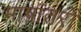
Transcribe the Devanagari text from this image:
भाषांतरों